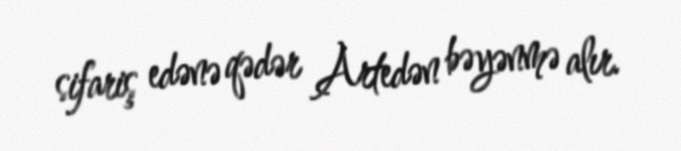
sifariş edənə qədər Artedən bəyənmə alır.